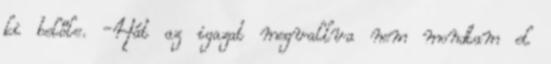
ki belőle. -Hát az igazat megvallva nem mondtam el